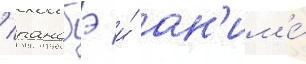
/ ранобэ и́ ан'им'е́